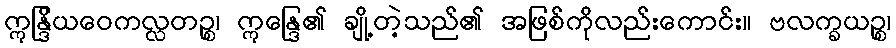
ဣန္ဒြိယဝေကလ္လတဉ္စ၊ ဣန္ဒြေ၏ ချို့တဲ့သည်၏ အဖြစ်ကိုလည်းကောင်း။ ဗလက္ခယဉ္စ၊